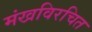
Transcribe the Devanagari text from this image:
मंखविरचित